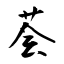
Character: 荟